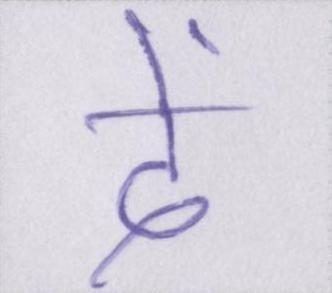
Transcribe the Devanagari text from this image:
दें